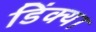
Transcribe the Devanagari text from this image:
डिंक्या